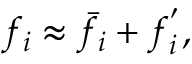
f _ { i } \approx \bar { f } _ { i } + f _ { i } ^ { ' } ,